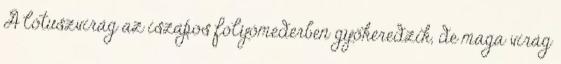
A lótuszvirág az iszapos folyómederben gyökeredzik, de maga virág